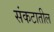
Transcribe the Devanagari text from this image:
संकटातील